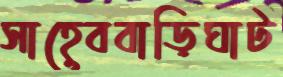
সাহেববাড়িঘাট